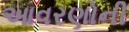
આવરણોની